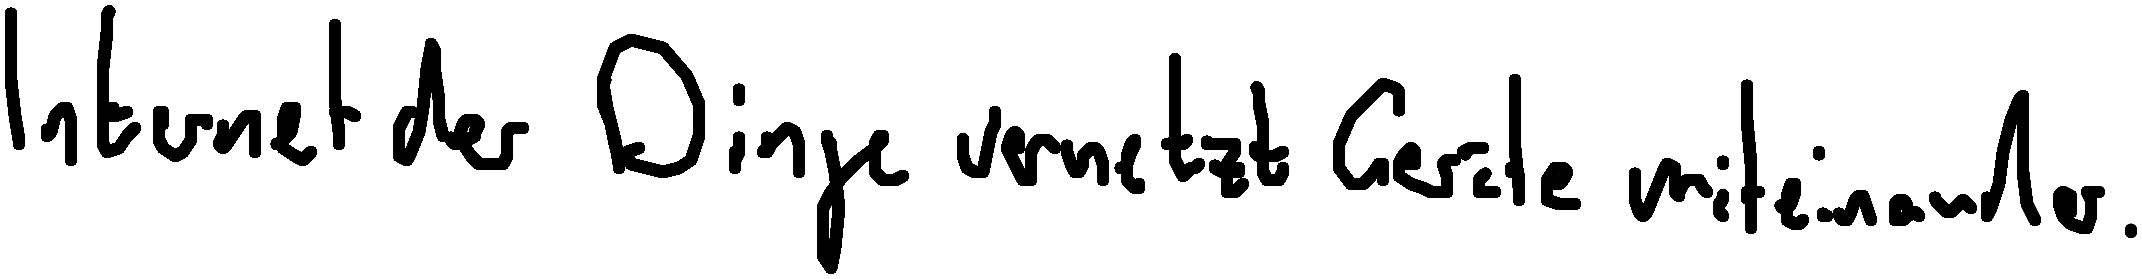
Internet der Dinge vernetzt Geräte miteinander.